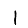
Digit: 1